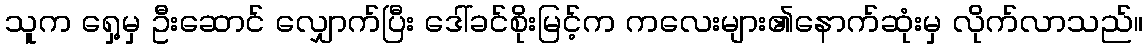
သူက ရှေ့မှ ဦးဆောင် လျှောက်ပြီး ဒေါ်ခင်စိုးမြင့်က ကလေးများ၏နောက်ဆုံးမှ လိုက်လာသည်။